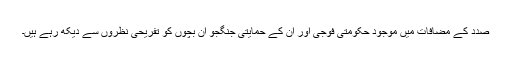
صدد کے مضافات میں موجود حکومتی فوجی اور ان کے حمایتی جنگجو ان بچوں کو تفریحی نظروں سے دیکھ رہے ہیں۔